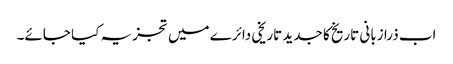
اب ذرا زبانی تاریخ کا جدید تاریخی دائرے میں تجزیہ کیا جائے۔